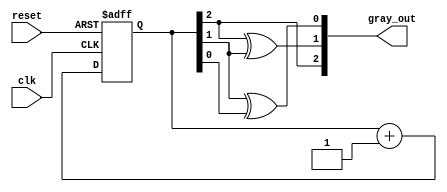
module gray_code_async_counter (
    input wire clk,           // Clock input
    input wire reset,         // Asynchronous reset input
    output reg [2:0] gray_out // 3-bit Gray Code output
);

// Internal signals for the flip-flops
reg [2:0] binary_count; // Binary representation of the count

// Asynchronous reset and state transition logic
always @(posedge clk or posedge reset) begin
    if (reset) begin
        // Reset the counter to 0 (Gray Code 000)
        binary_count <= 3'b000;
    end else begin
        // Increment the binary count
        binary_count <= binary_count + 1;
    end
end

// Combinational logic to convert binary count to Gray Code
always @(binary_count) begin
    gray_out[2] = binary_count[2]; // MSB remains the same
    gray_out[1] = binary_count[2] ^ binary_count[1]; // XOR for Gray Code
    gray_out[0] = binary_count[1] ^ binary_count[0]; // XOR for Gray Code
end

endmodule